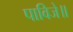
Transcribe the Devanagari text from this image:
पाविजे॥